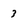
Character: 3